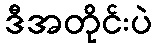
ဒီအတိုင်းပဲ